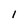
Character: l